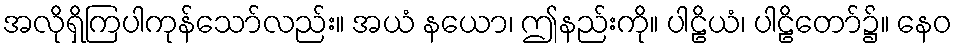
အလိုရှိကြပါကုန်သော်လည်း။ အယံ နယော၊ ဤနည်းကို။ ပါဠိယံ၊ ပါဠိတော်၌။ နေဝ